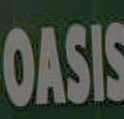
OASIS